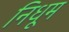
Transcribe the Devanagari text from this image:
निधूम